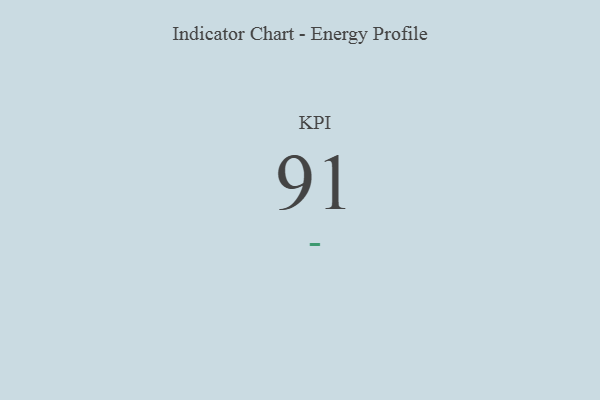
{"axis": {"x": "KPI", "y": "Value"}, "legend": [""], "data": [{"x": "KPI", "y": 91, "type": ""}]}